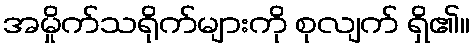
အမှိုက်သရိုက်များကို စုလျက် ရှိ၏။